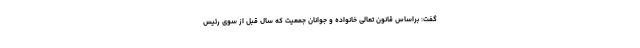
گفت: براساس قانون تعالی خانواده و جوانان جمعیت که سال قبل از سوی رئیس